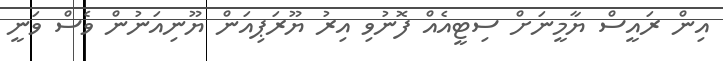
އިން ރައީސް ޔާމީނަށް ސިޓީއެއް ފޮނުވި އިރު ޔޫރަޕިއަން ޔޫނިއަނުން ވެސް ވަނީ